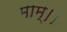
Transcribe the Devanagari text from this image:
माम्।।